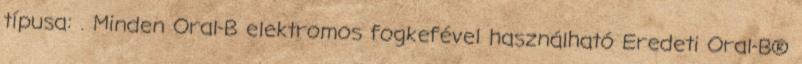
típusa: . Minden Oral-B elektromos fogkefével használható Eredeti Oral-B®